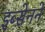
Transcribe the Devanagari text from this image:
इब्सेनने